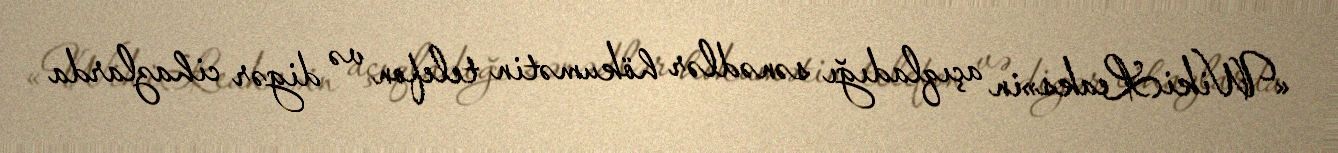
«WikiLeaks»in açıqladığı sənədlər hökumətin telefon və digər cihazlarda